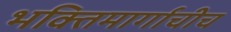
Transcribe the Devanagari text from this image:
भक्तिमार्गाचीच